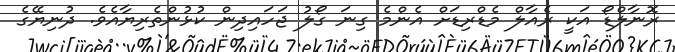
ރޮނާލްޑޯ އަކީ ރެއާލް މެޑްރިޑަށް އެންމެ ގިނަ ގޯލު ޖަހައިދިން ކުޅުންތެރިޔާއެވެ. ދުނިޔޭގެ